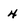
Character: 4